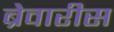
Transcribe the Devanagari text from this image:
ब्रेवारीस